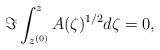
LaTeX: \begin{align*}\Im \int_{z^{(0)}}^z A(\zeta)^{1/2}d\zeta=0,\end{align*}